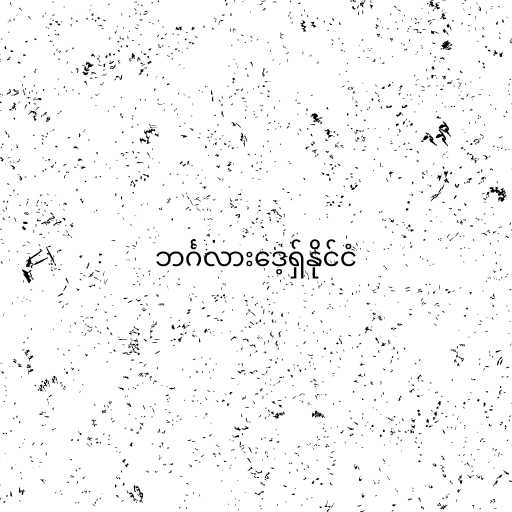
ဘင်္ဂလားဒေ့ရှ်နိုင်ငံ